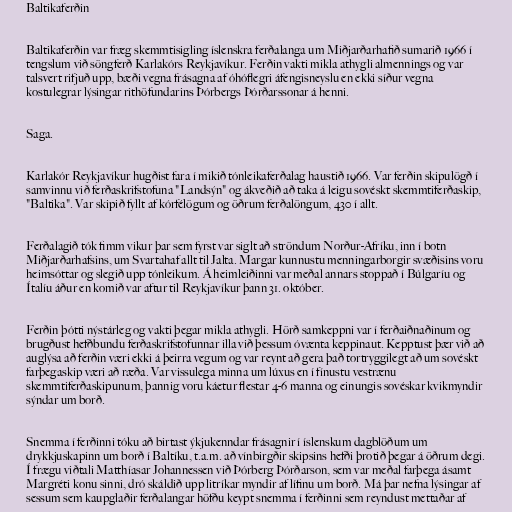
Baltikaferðin

Baltikaferðin var fræg skemmtisigling íslenskra ferðalanga um Miðjarðarhafið sumarið 1966 í
tengslum við söngferð Karlakórs Reykjavíkur. Ferðin vakti mikla athygli almennings og var
talsvert rifjuð upp, bæði vegna frásagna af óhóflegri áfengisneyslu en ekki síður vegna
kostulegrar lýsingar rithöfundarins Þórbergs Þórðarssonar á henni.

Saga.

Karlakór Reykjavíkur hugðist fara í mikið tónleikaferðalag haustið 1966. Var ferðin skipulögð í
samvinnu við ferðaskrifstofuna "Landsýn" og ákveðið að taka á leigu sovéskt skemmtiferðaskip,
"Baltika". Var skipið fyllt af kórfélögum og öðrum ferðalöngum, 430 í allt.

Ferðalagið tók fimm vikur þar sem fyrst var siglt að ströndum Norður-Afríku, inn í botn
Miðjarðarhafsins, um Svartahaf allt til Jalta. Margar kunnustu menningarborgir svæðisins voru
heimsóttar og slegið upp tónleikum. Á heimleiðinni var meðal annars stoppað í Búlgaríu og
Ítalíu áður en komið var aftur til Reykjavíkur þann 31. október.

Ferðin þótti nýstárleg og vakti þegar mikla athygli. Hörð samkeppni var í ferðaiðnaðinum og
brugðust hefðbundu ferðaskrifstofunnar illa við þessum óvænta keppinaut. Kepptust þær við að
auglýsa að ferðin væri ekki á þeirra vegum og var reynt að gera það tortryggilegt að um sovéskt
farþegaskip væri að ræða. Var vissulega minna um lúxus en í fínustu vestrænu
skemmtiferðaskipunum, þannig voru káetur flestar 4-6 manna og einungis sovéskar kvikmyndir
sýndar um borð.

Snemma í ferðinni tóku að birtast ýkjukenndar frásagnir í íslenskum dagblöðum um
drykkjuskapinn um borð í Baltíku, t.a.m. að vínbirgðir skipsins hefði þrotið þegar á öðrum degi.
Í frægu viðtali Matthíasar Johannessen við Þórberg Þórðarson, sem var meðal farþega ásamt
Margréti konu sinni, dró skáldið upp litríkar myndir af lífinu um borð. Má þar nefna lýsingar af
sessum sem kaupglaðir ferðalangar höfðu keypt snemma í ferðinni sem reyndust mettaðar af